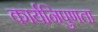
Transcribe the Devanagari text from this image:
कार्यनिपुणता